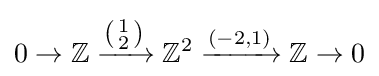
0\to \mathbb {Z} \xrightarrow {\left({\begin{smallmatrix}1\\2\end{smallmatrix}}\right)} \mathbb {Z} ^{2}\xrightarrow {(-2,1)} \mathbb {Z} \to 0